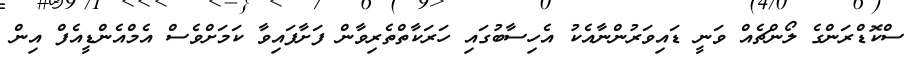
ސްކޮޑްރަންގެ ލޯންޗެއް ވަނީ ޑައިވަރުންނާއެކު އެހިސާބުގައި ހަރަކާތްތެރިވާން ފަށާފައިވާ ކަމަށްވެސް އެމްއެންޑީއެފް އިން